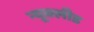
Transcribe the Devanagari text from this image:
न्यूक्लीड